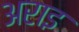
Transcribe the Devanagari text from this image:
अराइ